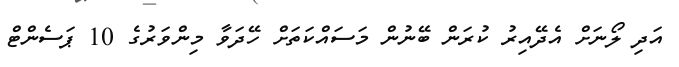
އަދި ލޯނަށް އެދޭއިރު ކުރަން ބޭނުން މަސައްކަތަށް ހޭދަވާ މިންވަރުގެ 10 ޕަސެންޓް